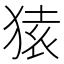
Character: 𫞤